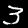
Label: 3